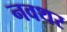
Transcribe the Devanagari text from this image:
नवथर